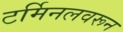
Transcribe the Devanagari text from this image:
टर्मिनलवरून